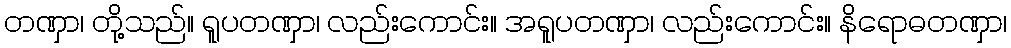
တဏှာ၊ တို့သည်။ ရူပတဏှာ၊ လည်းကောင်း။ အရူပတဏှာ၊ လည်းကောင်း။ နိရောဓတဏှာ၊